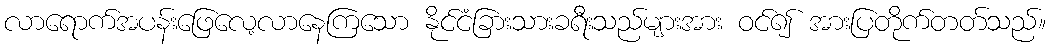
လာရောက်အပန်းဖြေလေ့လာနေကြသော နိုင်ငံခြားသားခရီးသည်များအား ဝင်၍ အားပြတိုက်တတ်သည်။